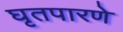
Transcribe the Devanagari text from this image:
घृतपारणे